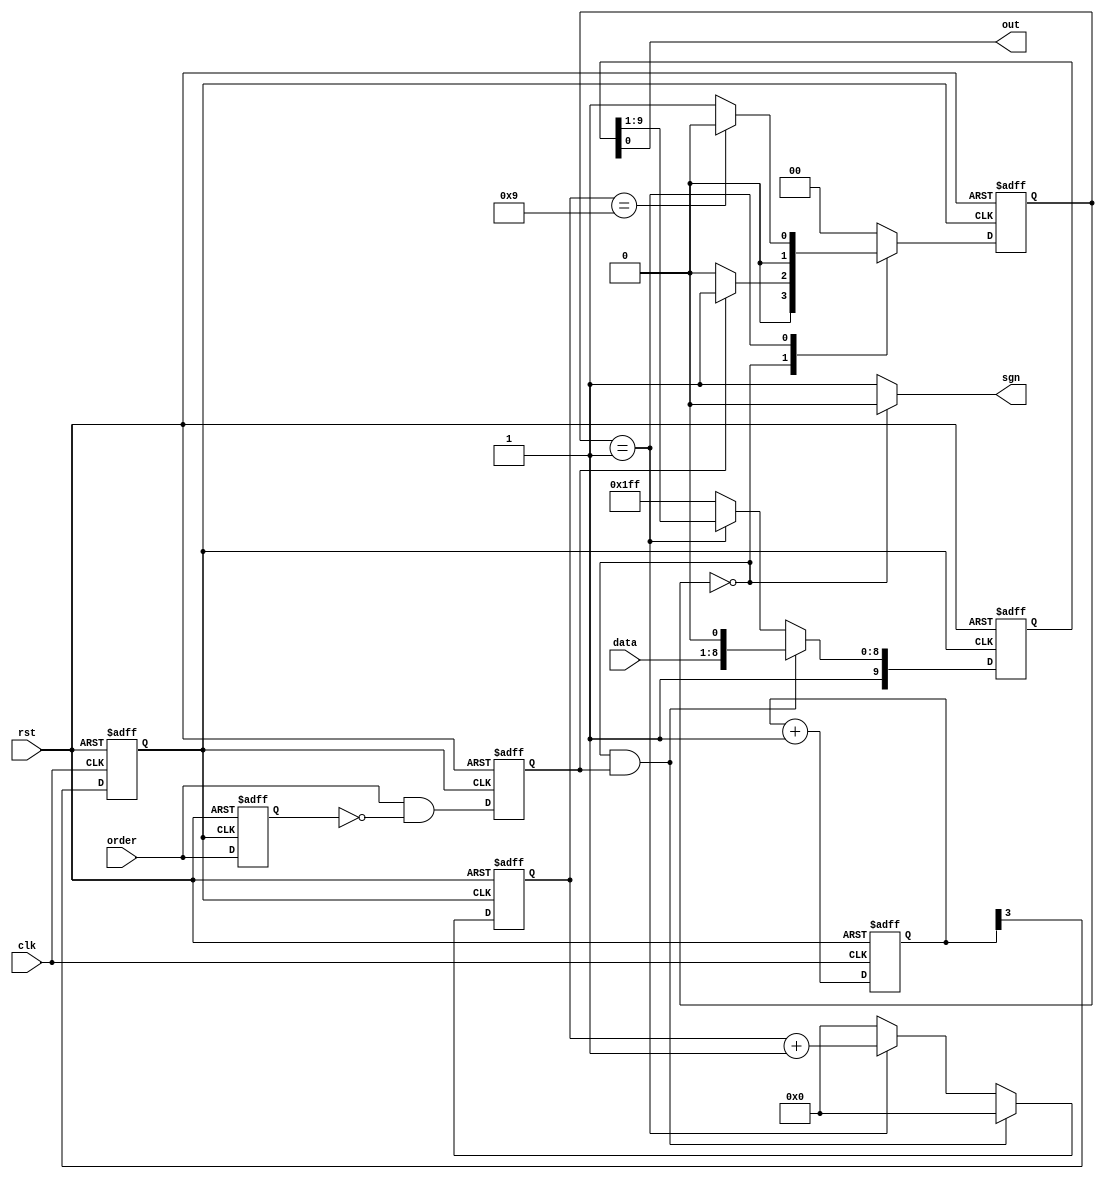
module send
(
  input clk,
  input rst,
  input order,
  input [7:0]data,
  
  output out,
  output sgn
);

  reg r_buf,r_rising;
  reg [4:0]div_cnt;  //
  reg div_clk;  //
 
  reg [1:0]state,state0;  
  reg [4:0]shift_cnt;
  reg [9:0]shift;
  
  reg [7:0]r_data;
  reg r_error;

  assign out=shift[0];
  assign sgn=(state==0)?0:1;
  
always @ (posedge clk or negedge rst)  //16
   begin
    if(!rst)
	   begin
	     div_cnt<=0;
		  div_clk<=0;
		end
	 else
	   begin
		  div_cnt<=div_cnt+1;
		  div_clk<=div_cnt[3];  
		end
  end
 
 always @ (posedge div_clk or negedge rst) //
  begin
    if(!rst)
	   begin
	     r_buf<=0;
		  r_rising<=0;
		end
	 else
	   begin
		  r_buf<=order;
		  r_rising=order&(~r_buf); //orderr_rising1
		end
  end

always @ (posedge div_clk or negedge rst)
  begin
    if (!rst)
       state<=0;
	 else state<=state0;	
  end

always @ (*)
  begin
    case(state)
	   0: if (r_rising)   //order1
	           state0<=1;
			   else 
			     state0<=0;
		1: if (shift_cnt==9)  //0
			  state0<=0;
			else 
			  state0<=1;  //
		default:state0<=0;
	 endcase
  end

always @ (posedge div_clk or negedge rst)
  begin 
    if (!rst)
	   begin
		  shift<=10'b1111111111;
		  shift_cnt<=0;
		end
    else
	   begin
		  if(state==0&&r_rising==1)    //
		    begin
			   shift_cnt<=0;
				shift<={1'b1,data,1'b0};
			 end
		  else if (state==1)
		    begin
			   shift_cnt<=shift_cnt+1;
				shift<={1'b1,shift[9:1]};  //
			 end
		  else
		    begin
			   shift<=10'b1111111111;
		      shift_cnt<=0;
			 end
		end
	end
	
endmodule